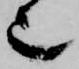
也